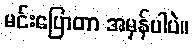
မင်းပြောတာ အမှန်ပါပဲ။